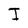
Character: I